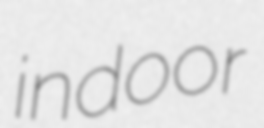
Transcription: indoor